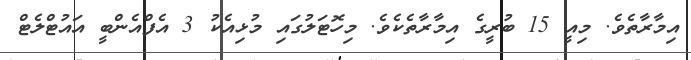
އިމާރާތެވެ. މިއީ 15 ބުރީގެ އިމާރާތެކެވެ. މިހޮޓަލުގައި މުޅިއެކު 3 އެފްއެންބީ އައުޓްލެޓް